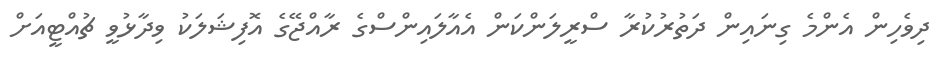
ދިވެހިން އެންމެ ގިނައިން ދަތުރުކުރާ ސްރީލަންކަން އެއާލައިންސްގެ ރާއްޖޭގެ އޮފިޝަލަކު ވިދާޅުވީ ޗުއްޓީއަށް